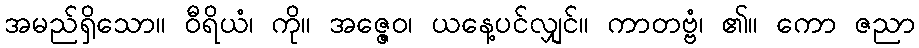
အမည်ရှိသော။ ဝီရိယံ၊ ကို။ အဇ္ဇေဝ၊ ယနေ့ပင်လျှင်။ ကာတဗ္ဗံ၊ ၏။ ကော ဇညာ